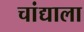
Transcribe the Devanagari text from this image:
चांद्याला